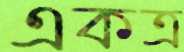
একত্র